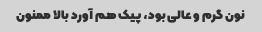
نون گرم و عالی بود، پیک هم آورد بالا ممنون